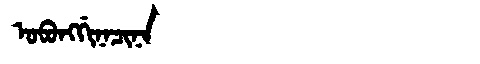
Manchu: ᠣᠪᠣᠩᡤᡳᠨᠠᠴᡳᠨᠠ
Romanization: OBONGGINACINA